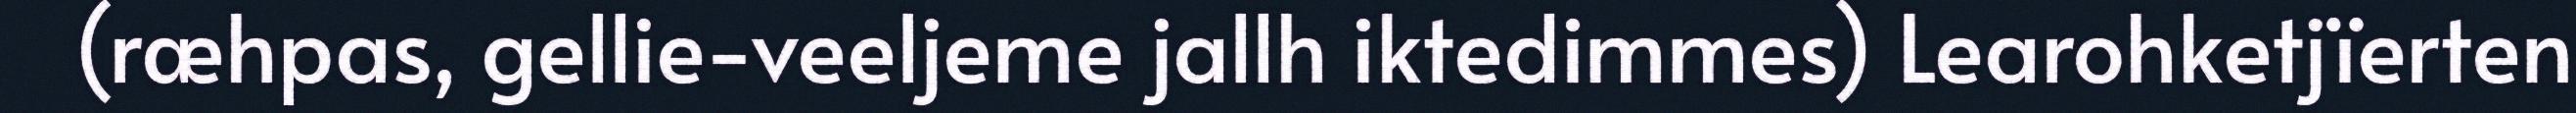
(ræhpas, gellie-veeljeme jallh iktedimmes) Learohketjïerten